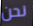
نحن